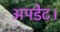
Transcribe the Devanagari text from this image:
अपडेट।